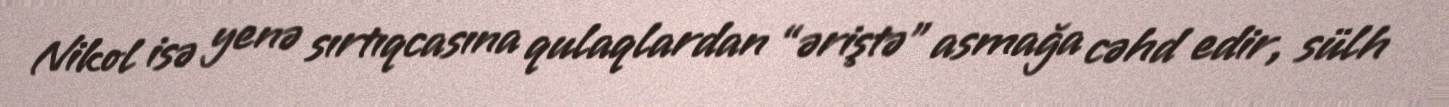
Nikol isə yenə sırtıqcasına qulaqlardan “əriştə” asmağa cəhd edir, sülh